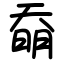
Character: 奣